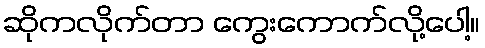
ဆိုကလိုက်တာ ကွေးကောက်လို့ပေါ့။